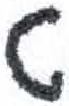
אות: ט